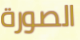
الصورة